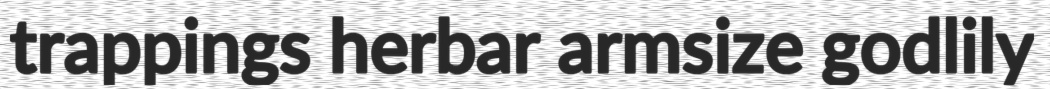
trappings herbar armsize godlily